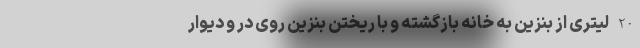
20 لیتری از بنزین به خانه بازگشته و با ریختن بنزین روی در و دیوار